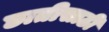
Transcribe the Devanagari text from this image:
छातीसाठी